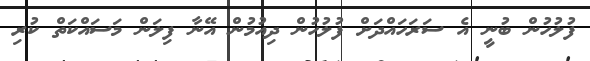
ފުލުހުން ބުނީ އެ ސަރަހައްދަށް ފުލުހުން ދިއުމުން އޭނާ ފިލަން މަސައްކަތް ކުރި